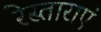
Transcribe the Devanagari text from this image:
रेस्ताराएं